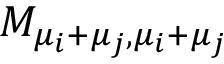
M _ { \mu _ { i } + \mu _ { j } , \mu _ { i } + \mu _ { j } }